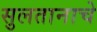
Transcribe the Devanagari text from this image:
सुलतानाचे